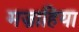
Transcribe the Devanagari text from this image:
मज़ाहिया